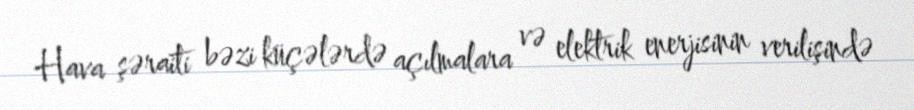
Hava şəraiti bəzi küçələrdə açılmalara və elektrik enerjisinin verilişində